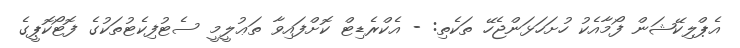
އެޕްލިކޭޝަން ފޯމާއެކު ހުށަހަޅަންޖެހޭ ތަކެތި: - އެކްރެޑިޓް ކޮށްފައިވާ ތަޢުލީމީ ސެޓުފިކެޓުތަކުގެ ފޮޓޯކޮޕީގެ